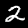
Label: 2